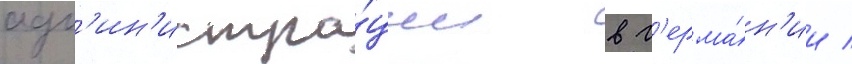
адм'ин'истра́ции в г'ерма́н'ии /